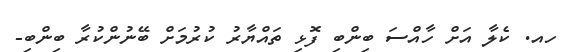
ހއ. ކެލާ އަށް ހާއްސަ ބިންބި ފޮޅި ތައްޔާރު ކުރުމަށް ބޭނުންކުރާ ބިންބި-